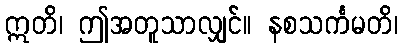
ဣတိ၊ ဤအတူသာလျှင်။ နစသင်္ကမတိ၊